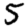
Digit: 5